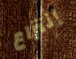
إنتزاع